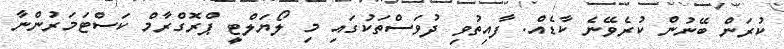
ކުރަން ބޭނުން ކުރެވޭނެ ކާޑެއް. ފާއިތުވި ދުވަސްތަކުގައި މި ލޯޔަލްޓީ ޕްރޮގްރާމް ކަސްޓަމަރުންނާ